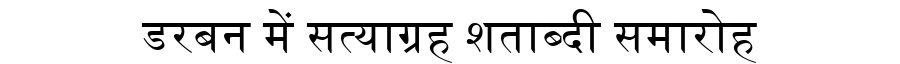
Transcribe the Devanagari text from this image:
डरबन में सत्याग्रह शताब्दी समारोह